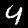
Digit: 4